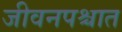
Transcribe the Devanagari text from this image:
जीवनपश्चात